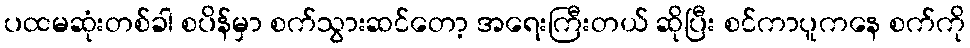
ပထမဆုံးတစ်ခါ စပိန်မှာ စက်သွားဆင်တော့ အရေးကြီးတယ် ဆိုပြီး စင်ကာပူကနေ စက်ကို